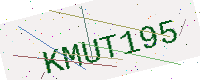
Text: KMUT195